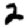
Digit: 2